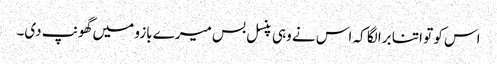
اس کو تو اتنا برا لگا کہ اس نے وہی پنسل بس میرے بازو میں گھونپ دی۔